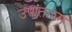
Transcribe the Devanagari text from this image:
उपांताश्म